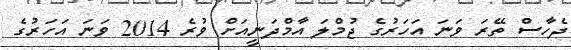
ދެހާސް ތޭރަ ވަނަ އަހަރުގެ ޖުމްލަ އާމްދަނީއަށް ވުރެ 2014 ވަނަ އަހަރުގެ